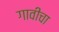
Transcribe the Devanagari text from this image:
गावीचा